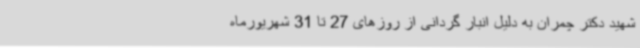
شهید دکتر چمران به دلیل انبار گردانی از روزهای 27 تا 31 شهریورماه